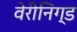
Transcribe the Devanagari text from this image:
वेरीनिग्ड